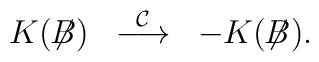
K(\not{\!\!B}) \; \; \stackrel{{\cal C}}{\longrightarrow} \; \;- K(\not{\!\!B}).